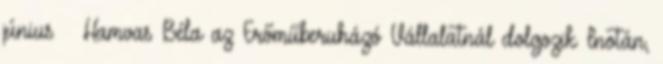
június – Hamvas Béla az Erőműberuházó Vállalatnál dolgozik Inotán,